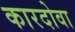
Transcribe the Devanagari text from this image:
कारदोवा